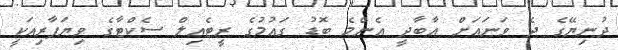
ދުނިޔޭގެ ދެ ވަނައަށް އާބާދީ އެންމެ ބޮޑު ގައުމުގެ ރީޓެއިލް ސެކްޓާގެ ވިޔަފާރިއަކީ